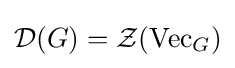
{\mathcal {D}}(G)={\mathcal {Z}}({\textrm {Vec}}_{G})